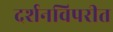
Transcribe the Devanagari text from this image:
दर्शनविपरीत